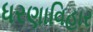
ધરણાવિહાર